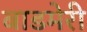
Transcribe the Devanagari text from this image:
बाडमेरी